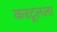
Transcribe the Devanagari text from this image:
करटूलला